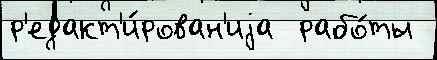
р'едакт'и́рован'иjа  рабо́ты